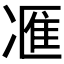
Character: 𪞩